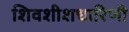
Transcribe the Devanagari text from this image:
शिवशीशधारिणी